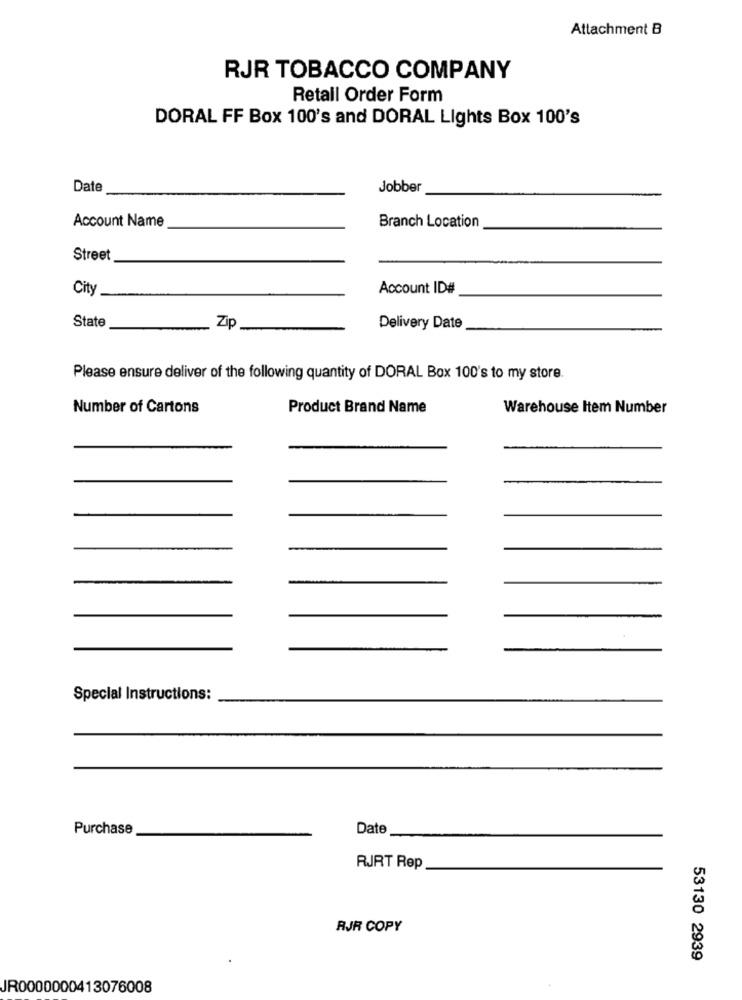
Attachment B
RJR TOBACCO COMPANY
Retall Order Form
DORAL FF Box 100's and DORAL Lights Box 100's
Date
Jobber
Account Name
Branch Location
Street
City
Account ID#
State
Zip
Delivery Date
Please ensure deliver of the following quantity of DORAL Box 100's to my store.
Number of Cartons
Product Brand Name
Warehouse Item Number
Special Instructions:
Purchase
Date
RJRT Rep
RJR COPY
53130 2939
JR0000000413076008